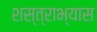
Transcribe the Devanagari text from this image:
शस्त्राभ्यास